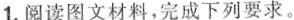
1.阅读图文材料，完成下列要求。